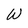
Character: W